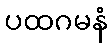
ပထဂမနံ